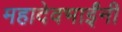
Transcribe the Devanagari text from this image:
महादेवभाईंनी